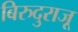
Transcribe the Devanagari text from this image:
बिरुदुराजू